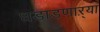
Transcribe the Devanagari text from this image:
धडाडणाऱ्या